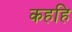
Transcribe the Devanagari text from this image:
कहहि